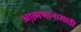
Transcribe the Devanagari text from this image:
आत्मभानासाठी